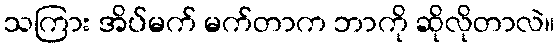
သကြား အိပ်မက် မက်တာက ဘာကို ဆိုလိုတာလဲ။